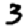
Digit: 3